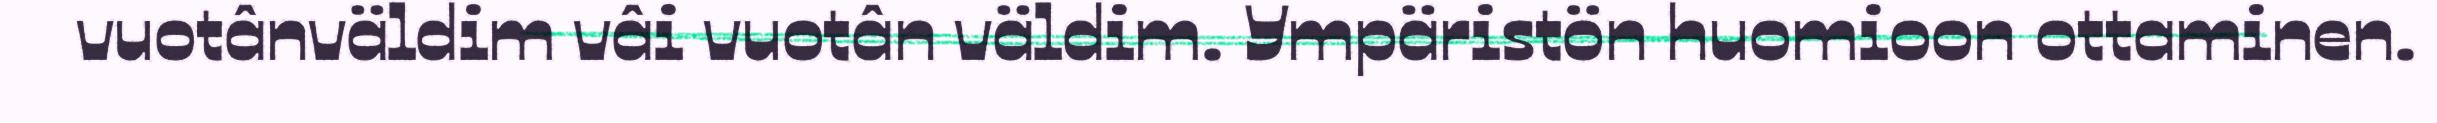
vuotânväldim vâi vuotân väldim. Ympäristön huomioon ottaminen.